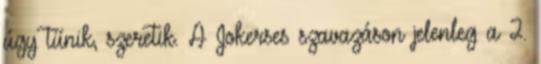
úgy tűnik, szeretik. A Jokerses szavazáson jelenleg a 2.